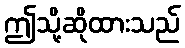
ဤသို့ဆိုထားသည်